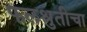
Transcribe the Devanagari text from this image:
फलश्रुतीचा